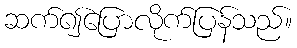
ဆက်၍ပြောလိုက်ပြန်သည်။